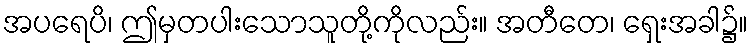
အပရေပိ၊ ဤမှတပါးသောသူတို့ကိုလည်း။ အတီတေ၊ ရှေးအခါ၌။